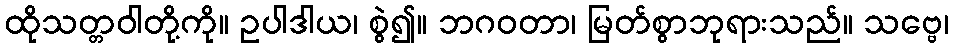
ထိုသတ္တဝါတို့ကို။ ဥပါဒါယ၊ စွဲ၍။ ဘဂဝတာ၊ မြတ်စွာဘုရားသည်။ သဗ္ဗေ၊